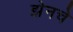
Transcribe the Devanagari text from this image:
झेनचे